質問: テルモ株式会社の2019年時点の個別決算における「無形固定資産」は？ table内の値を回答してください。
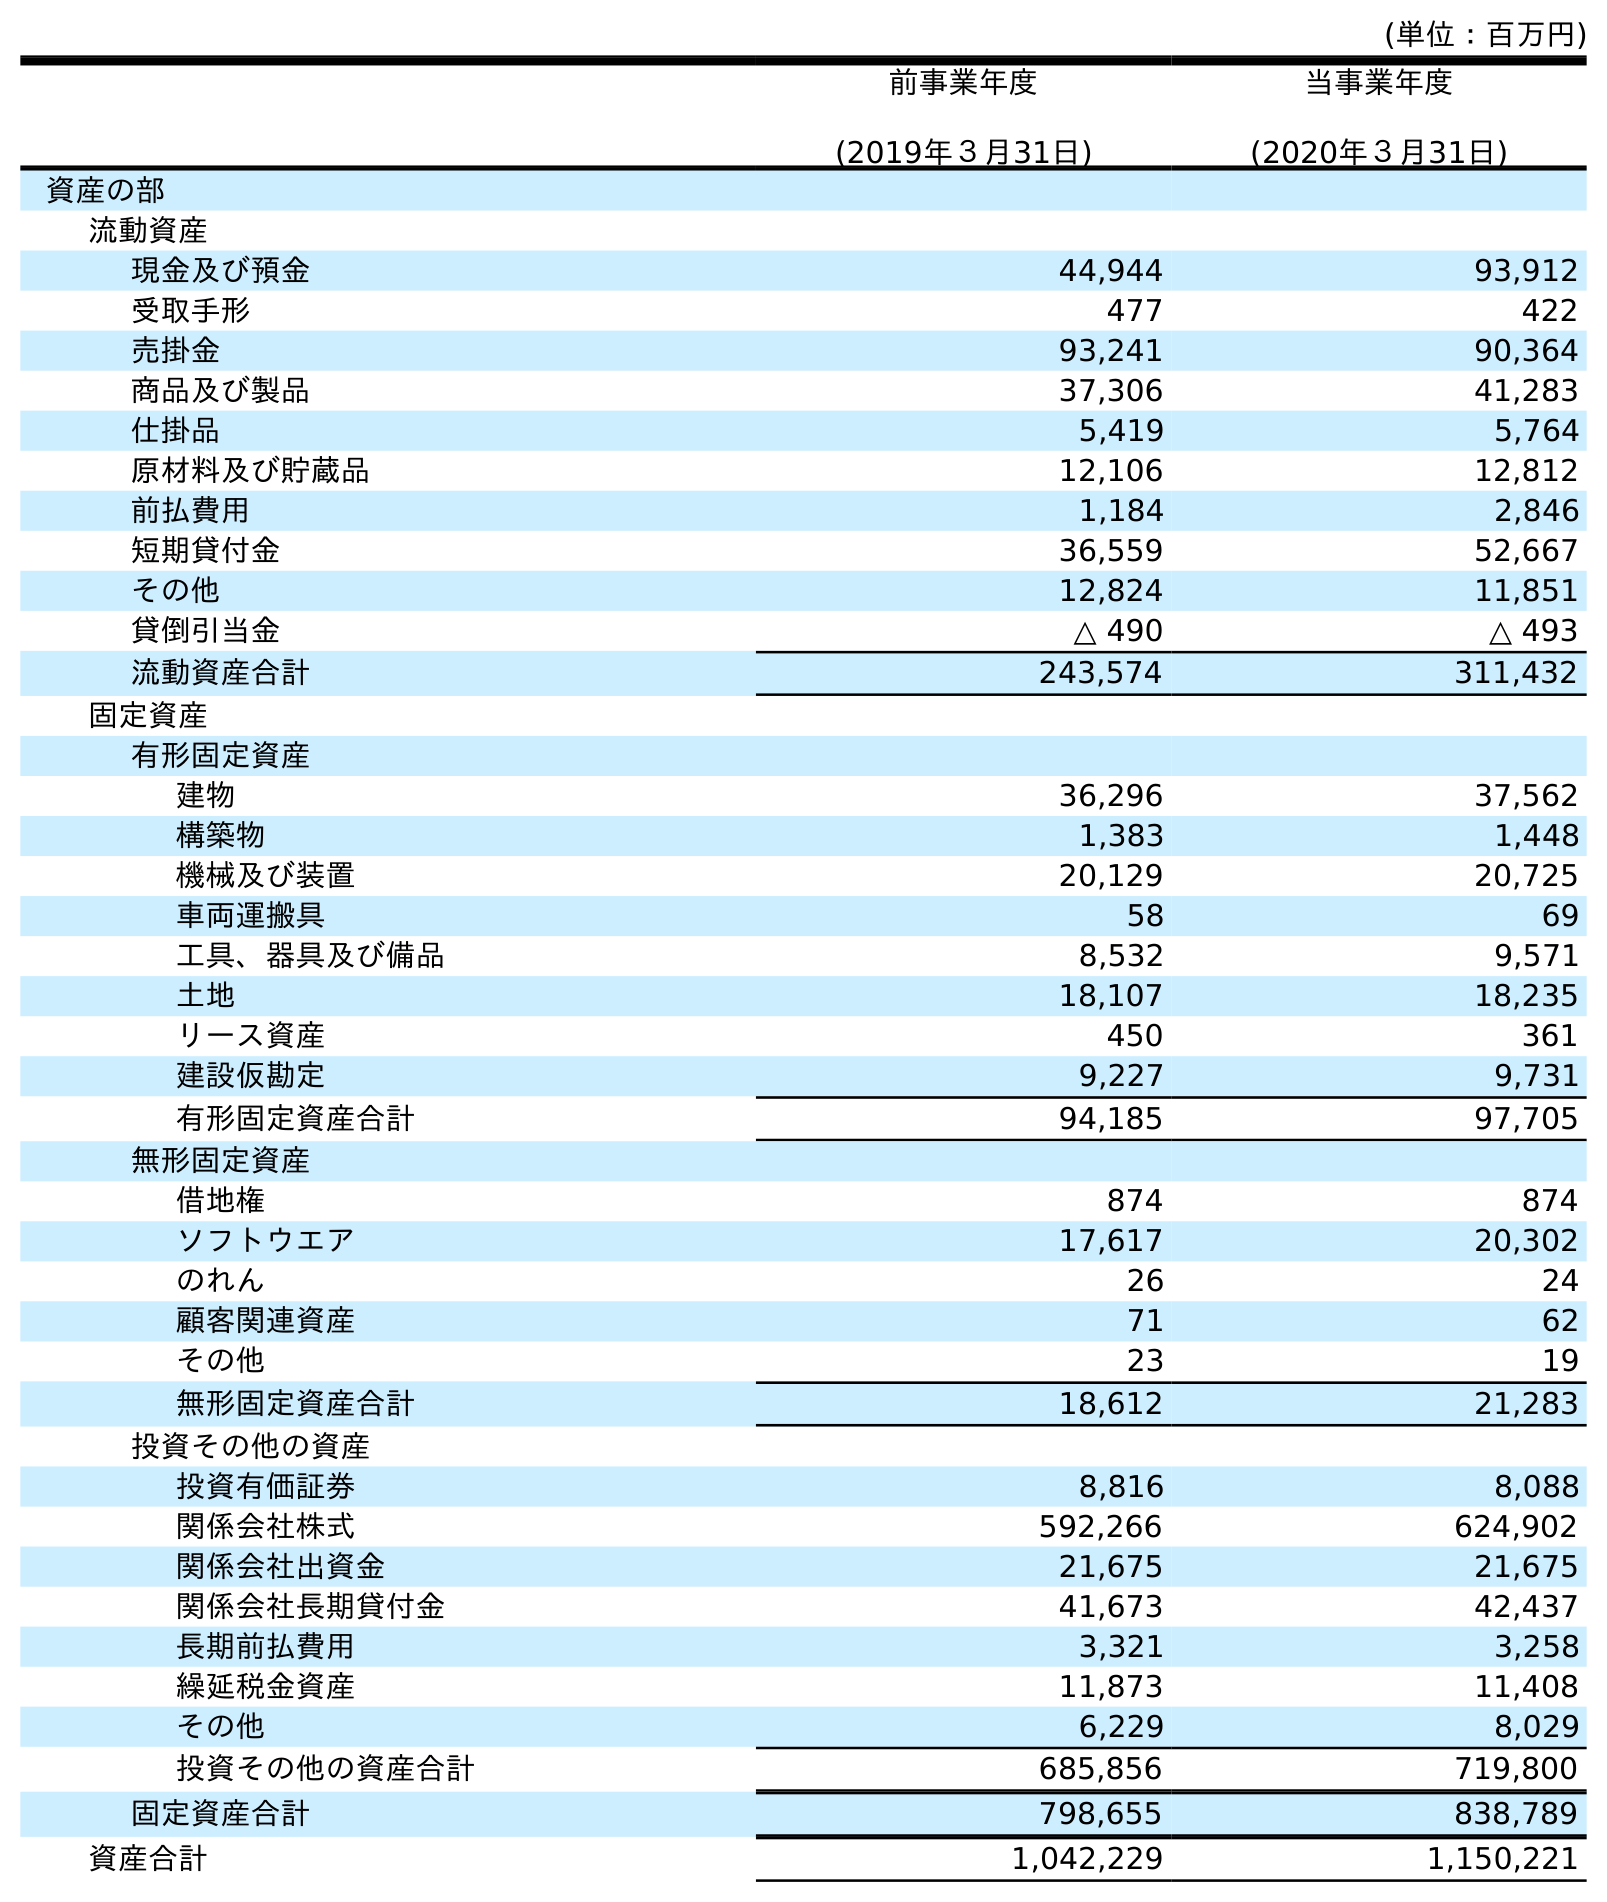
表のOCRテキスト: (単位：百万円) 前事業年度 (2019年３月31日) 当事業年度 (2020年３月31日) 資産の部 流動資産 現金及び預金 44,944 93,912 受取手形 477 422 売掛金 93,241 90,364 商品及び製品 37,306 41,283 仕掛品 5,419 5,764 原材料及び貯蔵品 12,106 12,812 前払費用 1,184 2,846 短期貸付金 36,559 52,667 その他 12,824 11,851 貸倒引当金 △ 490 △ 493 流動資産合計 243,574 311,432 固定資産 有形固定資産 建物 36,296 37,562 構築物 1,383 1,448 機械及び装置 20,129 20,725 車両運搬具 58 69 工具、器具及び備品 8,532 9,571 土地 18,107 18,235 リース資産 450 361 建設仮勘定 9,227 9,731 有形固定資産合計 94,185 97,705 無形固定資産 借地権 874 874 ソフトウエア 17,617 20,302 のれん 26 24 顧客関連資産 71 62 その他 23 19 無形固定資産合計 18,612 21,283 投資その他の資産 投資有価証券 8,816 8,088 関係会社株式 592,266 624,902 関係会社出資金 21,675 21,675 関係会社長期貸付金 41,673 42,437 長期前払費用 3,321 3,258 繰延税金資産 11,873 11,408 その他 6,229 8,029 投資その他の資産合計 685,856 719,800 固定資産合計 798,655 838,789 資産合計 1,042,229 1,150,221
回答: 18,612